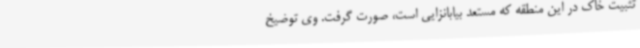
تثبیت خاک در این منطقه که مستعد بیابانزایی است، صورت گرفت. وی توضیخ